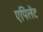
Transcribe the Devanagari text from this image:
एपिलेंट